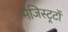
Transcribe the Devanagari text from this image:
मैजिस्ट्रटों